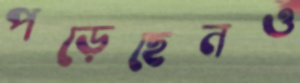
পড়েছেনও